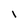
Character: l